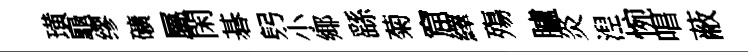
璜龜缪礦屬閑碁躬小鄊繇菊窟繹殤臚炎湼惋唱蔽